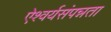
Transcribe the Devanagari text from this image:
ऐश्वर्यसंपन्नता